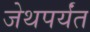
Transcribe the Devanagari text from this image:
जेथपर्यंत